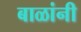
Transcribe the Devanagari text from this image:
बाळांनी